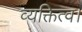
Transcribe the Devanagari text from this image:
व्यक्तित्व।